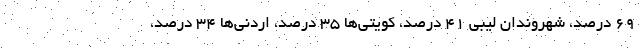
۶۹ درصد، شهروندان لیبی ۴۱ درصد، کویتی‌ها ۳۵ درصد، اردنی‌ها ۳۴ درصد،